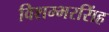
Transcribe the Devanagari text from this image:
विशम्भरसिंह